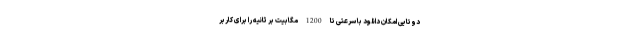
دوتایی امکان دانلود با سرعتی تا 1200 مگابیت بر ثانیه را برای کاربر